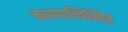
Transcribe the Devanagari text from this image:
करणाच्चिन्तितं